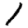
Digit: 1